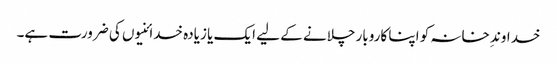
خداوندِ خانہ کو اپنا کاروبار چلانے کے لیے ایک یا زیادہ خدائنیوں کی ضرورت ہے۔